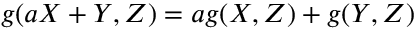
\, g ( a X + Y , Z ) = a g ( X , Z ) + g ( Y , Z )